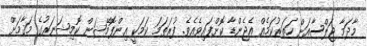
މާދަމާ ޖަލްސާއަށް ހަތަރުކަމެއް އެޖެންޑާ ކޮށްފައިވެއެވެ. ފުރަތަމަ ކަމަކީ އިންފޮމޭޝަން ކޮމިޝަނަރުގެ މަޤާމަށް